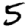
Digit: 5